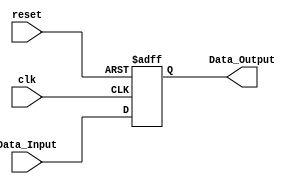
/****************************************************************************************
*****************************************************************************************
Name: 
	Select_register
	
Description: 
	

Subject:
	Microprocessors Design - ITESO

Author:
	Cesar Carlos Robles Martinez 

Date:
	14/04/2019
*****************************************************************************************
*****************************************************************************************/

 module Select_register
#(
	parameter WORD_LENGTH = 5
)

(
	// Input Ports
	input clk,
	input reset,
//	input enable,
	input [WORD_LENGTH-1 : 0] Data_Input,

	// Output Ports
	output [WORD_LENGTH-1 : 0] Data_Output
);

reg  [WORD_LENGTH-1 : 0] Data_reg;

always@(posedge clk or negedge reset) begin
	if(reset == 1'b0) 
		Data_reg <= 0;
	else 
//		if(enable == 1'b1)
			Data_reg <= Data_Input;
end

assign Data_Output = Data_reg;

endmodule